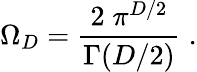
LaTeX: \Omega_{{D}}=\frac{2\; \pi^{{D}/2}}{\Gamma(D/2)}\; .